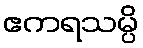
ဧကရသမ္ပိ